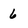
Character: 6